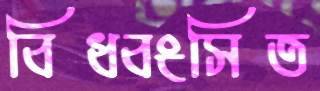
বিধ্বংসিত